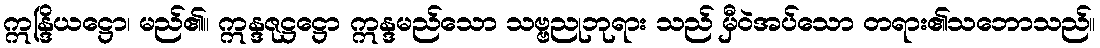
ဣန္ဒြိယဋ္ဌော၊ မည်၏။ ဣန္ဒဇုဋ္ဌဋ္ဌော ဣန္ဒမည်သော သဗ္ဗညုဘုရား သည် မှီဝဲအပ်သော တရား၏သဘောသည်။